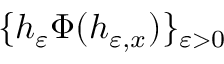
\{ h _ { \varepsilon } \Phi ( h _ { \varepsilon , x } ) \} _ { \varepsilon > 0 }